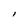
Character: l